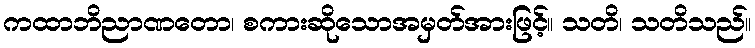
ကထာဘိညာဏတော၊ စကားဆိုသောအမှတ်အားဖြင့်။ သတိ၊ သတိသည်။